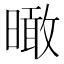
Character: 𣊟